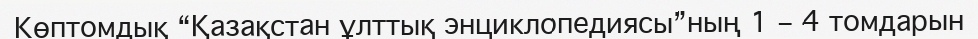
Көптомдық “Қазақстан ұлттық энциклопедиясы”ның 1 – 4 томдарын